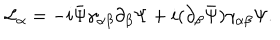
{ \cal L } _ { \alpha } = - i \bar { \Psi } \gamma _ { \alpha \beta } \partial _ { \beta } \Psi + i ( \partial _ { \beta } \bar { \Psi } ) \gamma _ { \alpha \beta } \Psi .